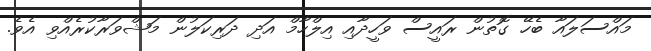
މައްސަލައާ ބެހޭ ގޮތުން ރައީސް ވަހީދާއި އިލްހާމް އަދި ދަރިކަލުން މަޝްވަރާކުރެއްވި އެވެ.